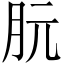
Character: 䏓